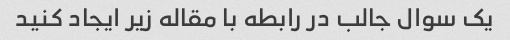
یک سوال جالب در رابطه با مقاله زیر ایجاد کنید